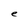
Character: e